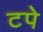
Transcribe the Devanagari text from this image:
टपे